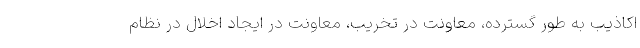
اکاذیب به طور گسترده، معاونت در تخریب، معاونت در ایجاد اخلال در نظام